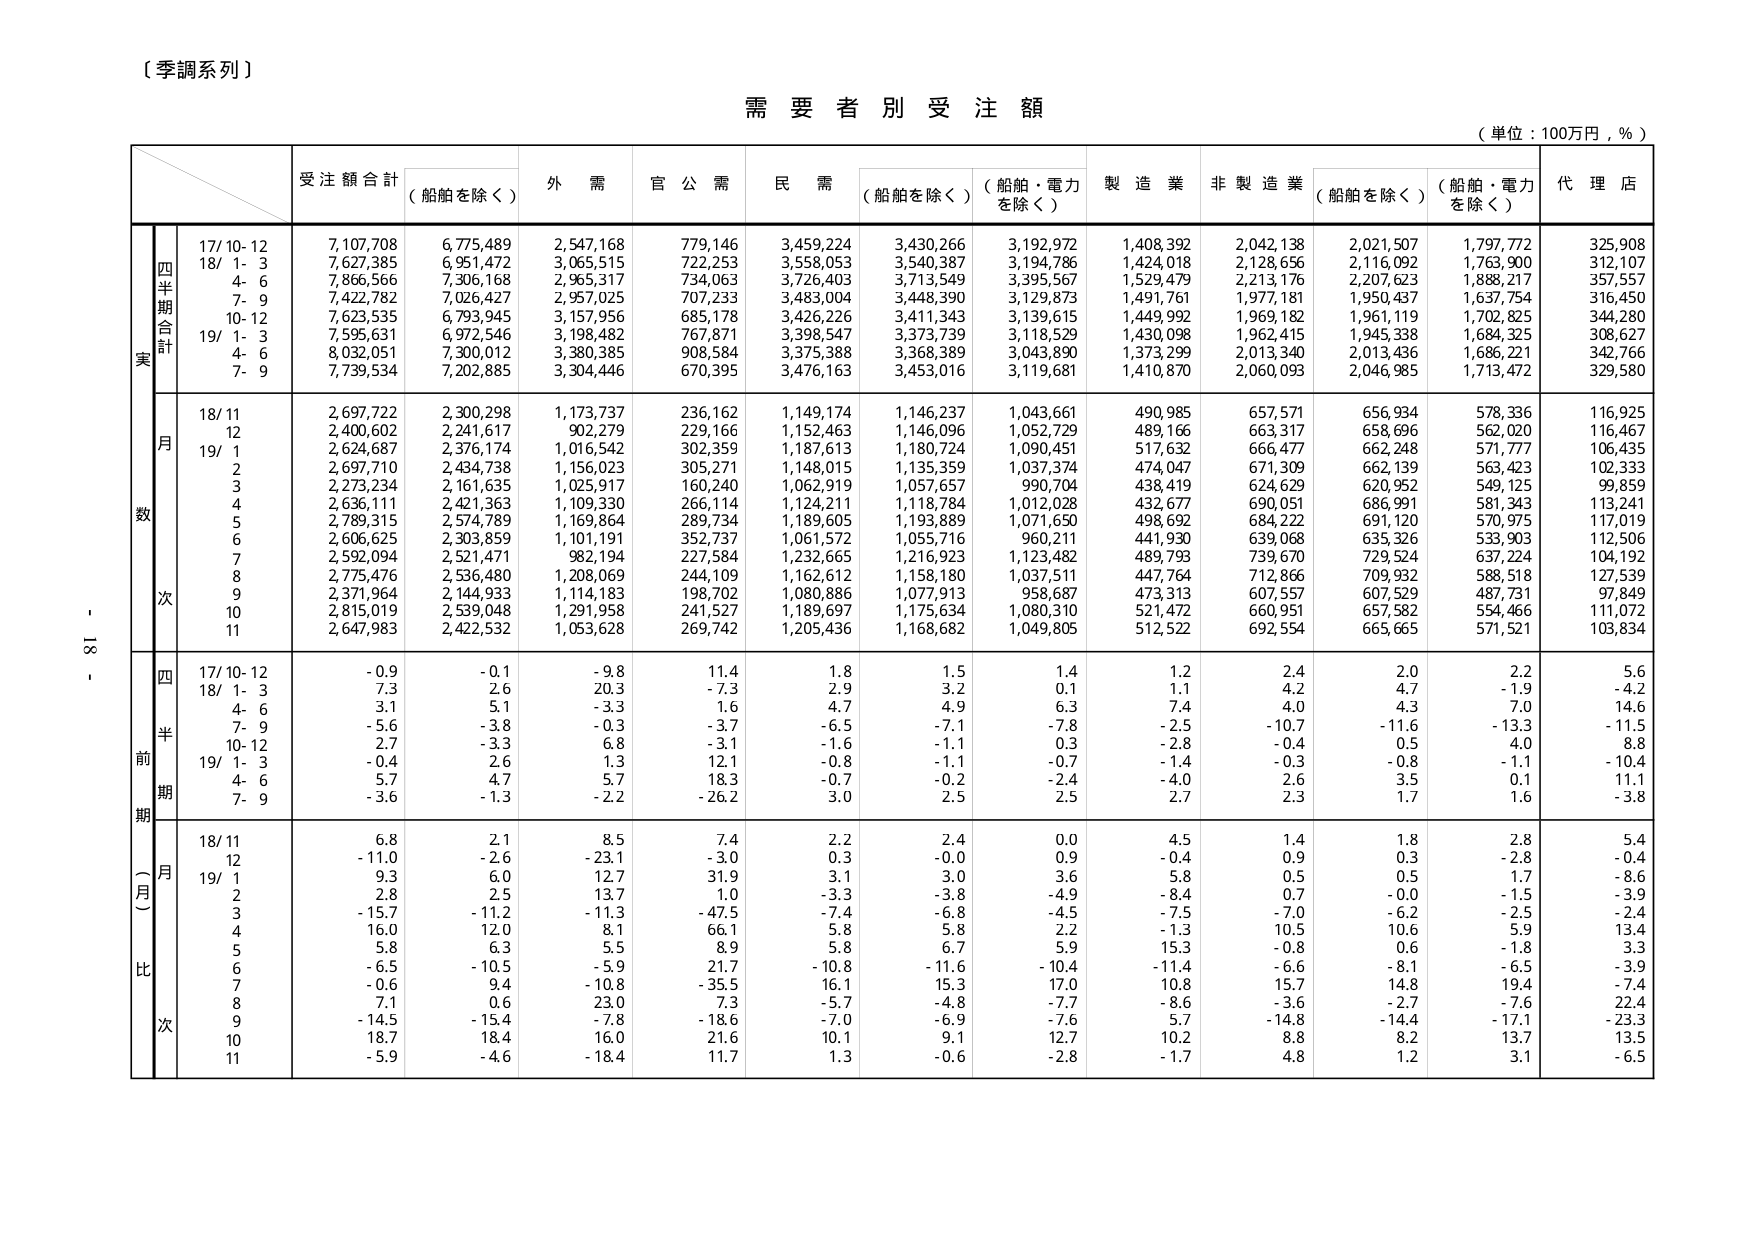
〔季調系列〕

需要者別受注額

（単位：100万円，％）

受注額合計
（船舶を除く）
外需
官公需
民需
（船舶を除く）
（船舶・電力を除く）
製造業
非製造業
（船舶を除く）
（船舶・電力を除く）
代理店

四半期合計
実数
17/10-12
7,107,708
6,775,489
2,547,168
779,146
3,459,224
3,430,266
3,192,972
1,408,392
2,042,138
2,021,507
1,797,772
325,908
18/1-3
7,627,385
6,951,472
3,065,515
722,253
3,558,053
3,540,387
3,194,786
1,424,018
2,128,656
2,116,092
1,763,900
312,107
4-6
7,866,566
7,306,168
2,965,317
734,063
3,726,403
3,713,549
3,395,567
1,529,479
2,213,176
2,207,623
1,888,217
357,557
7-9
7,422,782
7,026,427
2,957,025
707,233
3,483,004
3,448,390
3,129,873
1,491,761
1,977,181
1,950,437
1,637,754
316,450
10-12
7,623,535
6,793,945
3,157,956
685,178
3,426,226
3,411,343
3,139,615
1,449,992
1,969,182
1,961,119
1,702,825
344,280
19/1-3
7,595,631
6,972,546
3,198,482
767,871
3,398,547
3,373,739
3,118,529
1,430,098
1,962,415
1,945,338
1,684,325
308,627
4-6
8,032,051
7,300,012
3,380,385
908,584
3,375,388
3,368,389
3,043,890
1,373,299
2,013,340
2,013,436
1,686,221
342,766
7-9
7,739,534
7,202,885
3,304,446
670,395
3,476,163
3,453,016
3,119,681
1,410,870
2,060,093
2,046,985
1,713,472
329,580

月次
18/11
2,697,722
2,300,298
1,173,737
236,162
1,149,174
1,146,237
1,043,661
490,985
657,571
656,934
578,336
116,925
12
2,400,602
2,241,617
902,279
229,166
1,152,463
1,146,096
1,052,729
489,166
663,317
658,696
562,020
116,467
19/1
2,624,687
2,376,174
1,016,542
302,359
1,187,613
1,180,724
1,090,451
517,632
666,477
662,248
571,777
106,435
2
2,697,710
2,434,738
1,156,023
305,271
1,148,015
1,135,359
1,037,374
474,047
671,309
662,139
563,423
102,333
3
2,273,234
2,161,635
1,025,917
160,240
1,062,919
1,057,657
990,704
438,419
624,629
620,952
549,125
99,859
4
2,636,111
2,421,363
1,109,330
266,114
1,124,211
1,118,784
1,012,028
432,677
690,051
686,991
581,343
113,241
5
2,789,315
2,574,789
1,169,864
289,734
1,189,605
1,193,889
1,071,650
498,692
684,222
691,120
570,975
117,019
6
2,606,625
2,303,859
1,101,191
352,737
1,061,572
1,055,716
960,211
441,930
639,068
635,326
533,903
112,506
7
2,592,094
2,521,471
982,194
227,584
1,232,665
1,216,923
1,123,482
489,793
739,670
729,524
637,224
104,192
8
2,775,476
2,536,480
1,208,069
244,109
1,162,612
1,158,180
1,037,511
447,764
712,866
709,932
588,518
127,539
9
2,371,964
2,144,933
1,114,183
198,702
1,080,886
1,077,913
958,687
473,313
607,557
607,529
487,731
97,849
10
2,815,019
2,539,048
1,291,958
241,527
1,189,697
1,175,634
1,080,310
521,472
660,951
657,582
554,466
111,072
11
2,647,983
2,422,532
1,053,628
269,742
1,205,436
1,168,682
1,049,805
512,522
692,554
665,665
571,521
103,834

四半期前比
17/10-12
-0.9
-0.1
-9.8
11.4
1.8
1.5
1.4
1.2
2.4
2.0
2.2
5.6
18/1-3
7.3
2.6
20.3
-7.3
2.9
3.2
0.1
1.1
4.2
4.7
-1.9
-4.2
4-6
3.1
5.1
-3.3
1.6
4.7
4.9
6.3
7.4
4.0
4.3
7.0
14.6
7-9
-5.6
-3.8
-0.3
-3.7
-6.5
-7.1
-7.8
-2.5
-10.7
-11.6
-13.3
-11.5
10-12
2.7
-3.3
6.8
-3.1
-1.6
-1.1
0.3
-2.8
-0.4
0.5
4.0
8.8
19/1-3
-0.4
2.6
1.3
12.1
-0.8
-1.1
-0.7
-1.4
-0.3
-0.8
-1.1
-10.4
4-6
5.7
4.7
5.7
18.3
-0.7
-0.2
-2.4
-4.0
2.6
3.5
0.1
11.1
7-9
-3.6
-1.3
-2.2
-26.2
3.0
2.5
2.5
2.7
2.3
1.7
1.6
-3.8

月比
18/11
6.8
2.1
8.5
7.4
2.2
2.4
0.0
4.5
1.4
1.8
2.8
5.4
12
-11.0
-2.6
-23.1
-3.0
0.3
-0.0
0.9
-0.4
0.9
0.3
-2.8
-0.4
19/1
9.3
6.0
12.7
31.9
3.1
3.0
3.6
5.8
0.5
0.5
1.7
-8.6
2
2.8
2.5
13.7
1.0
-3.3
-3.8
-4.9
-8.4
0.7
-0.0
-1.5
-3.9
3
-15.7
-11.2
-11.3
-47.5
-7.4
-6.8
-4.5
-7.5
-7.0
-6.2
-2.5
-2.4
4
16.0
12.0
8.1
66.1
5.8
5.8
2.2
-1.3
10.5
10.6
5.9
13.4
5
5.8
6.3
5.5
8.9
5.8
6.7
5.9
15.3
-0.8
0.6
-1.8
3.3
6
-6.5
-10.5
-5.9
21.7
-10.8
-11.6
-10.4
-11.4
-6.6
-8.1
-6.5
-3.9
7
-0.6
9.4
-10.8
-35.5
16.1
15.3
17.0
10.8
15.7
14.8
19.4
-7.4
8
7.1
0.6
23.0
-7.3
-5.7
-4.8
-7.7
-8.6
-3.6
-2.7
-7.6
22.4
9
-14.5
-15.4
-7.8
-18.6
-7.0
-6.9
-7.6
5.7
-14.8
-14.4
-17.1
-23.3
10
18.7
18.4
16.0
21.6
10.1
9.1
12.7
10.2
8.8
8.2
13.7
13.5
11
-5.9
-4.6
-18.4
11.7
1.3
-0.6
-2.8
-1.7
4.8
1.2
3.1
-6.5

- 18 -